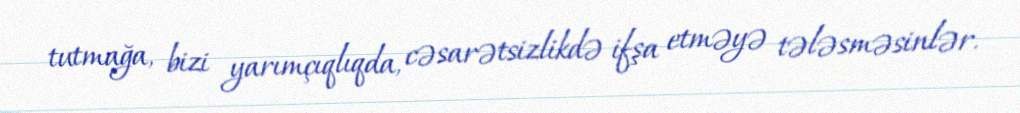
tutmağa, bizi yarımçıqlıqda, cəsarətsizlikdə ifşa etməyə tələsməsinlər.